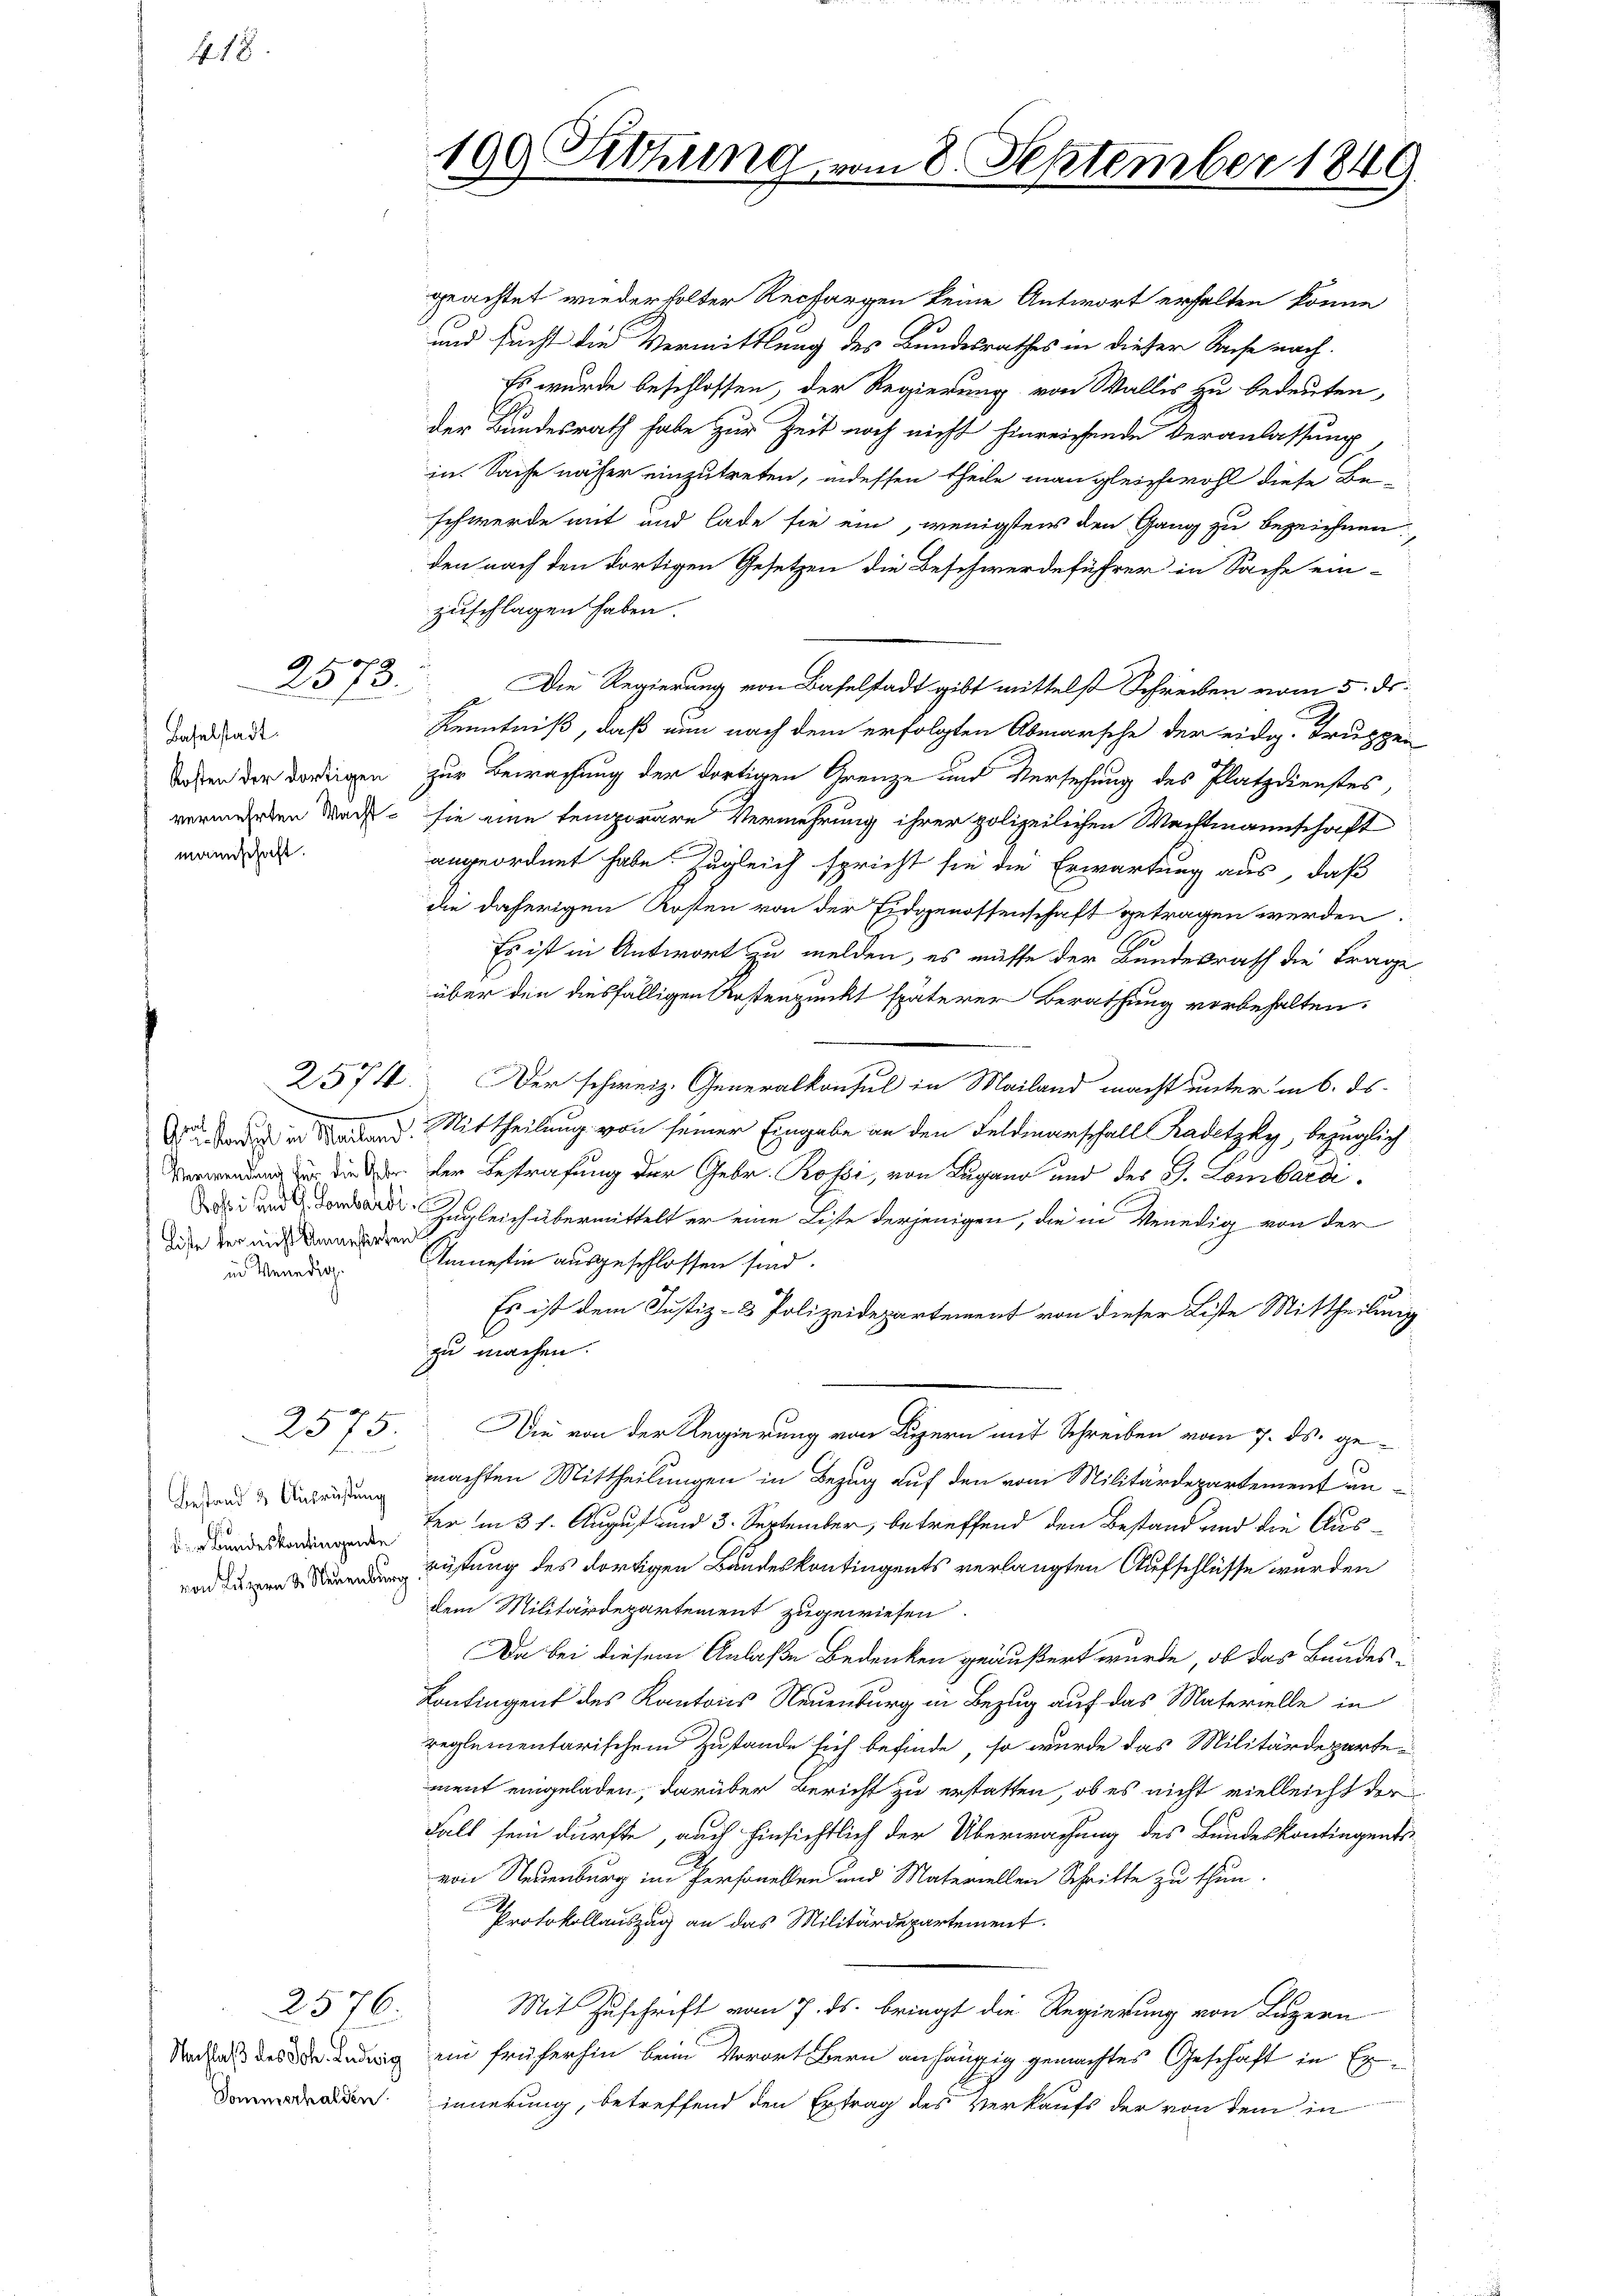
f 18

2573.

Baselstadt
mannschaft.

Liste der nicht Unmesserten
in Venedig

2575.

Bestand & Ausrüstung

2576.

199 Sitzung, vo

8 September 1849.

geachtet wiederholter Rechargen keine Antwort erhalten könne
und sucht die Vermittlung des Bundesrathes in dieser Sache nach
Es wurde beschlossen, der Regierung von Wallis zu bedeuten,
der Bundesrath habe zur Zeit noch nicht hinreichende Veranlassung,
in Sache näher einzutreten, indessen theile man gleichwohl diese Be-
schwerde mit und lade sie ein, wenigstens den Gang zu bezeichnen
den nach den dortigen Gesetzen die Beschwerdeführer in Sache ein-
zuschlagen haben.
Die Regierung von Baselstadt gibt mittelst Schreiben vom 5. ds.
Kenntniß, daß nun nach dem erfolgten Abmarsche der eidg. Truppen
Tosen der dortigen zur Bewachung der dortigen Grenze und Versehung des Platzdienstes
verwerden Macht, sie eine temporäre Vermehrung ihrer polizeilichen Wachtmannschaft
angeordnet habe. Zugleich spricht sie die Erwartung aus, daß
die daherigen Kosten von der Eidgenossenschaft getragen werden.
Es ist in Antwort zu melden, es müsse der Bundesrath die Frage
über den diesfälligen Kostenpunkt späterer Berathung vorbehalten.
2574. Der schweiz. Generalkonsul in Mailand macht unter in 6. ds.
D der in Badend. Mittheilung von seiner Eingabe an den Feldmarschall Kadetzky, bezüglich
Verwendung in diesen der Bestrafung der Gebr. Rossi, von Lugano und des G. Lombardidard zugleich übermittelt er eine Liste derjenigen, die in Venedig von der
Amnestin ausgeschlossen sind.
Es ist dem Justiz- & Polizeidepartement von dieser Liste Mittheilung
l
zu machen.
Die von der Regierung von Luzern mit Schreiben vom 7. ds. gemachten Mittheilungen in Bezug auf den vom Militärdepartement un
Der in 31. August und 3. September, betreffend den Bestand und die Aus¬
Rüstung des dortigen Bandeskontingents verlangten Aufschlüsse wurden
dem Militärdepartement zugewiesen.
Da bei diesem Anlaße Bedenken geäußert wurde, ob das Bundes¬
Kontingent des Kantons Neuenburg in Bezug auf das Materielle in
reglementarischem Zustande sich befinde, so wurde das Militärdeparte
ment eingeladen, darüber Bericht zu erstatten, ob es nicht vielleicht der
Fall sein dürfte, auch hinsichtlich der Überwachung des Bundeskontingents-
von Neuenburg im Personellen und Materiellen Schritte zu thun.
Protokollauszug an das Militärdepartement.
Mit Zuschrift vom 7. ds. bringt die Regierung von Luzern
Nach des der Indung ein früherhin beim Vorort Bern anhängig gemachtes Geschaft in Exden innerung, betreffend den Ertrag des Verkaufs der von dem in